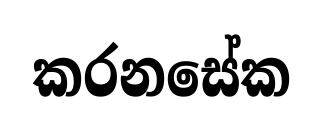
කරනසේක